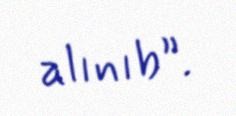
alınıb”.